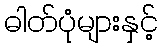
ဓါတ်ပုံများနှင့်